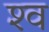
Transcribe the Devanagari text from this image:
श्‍व